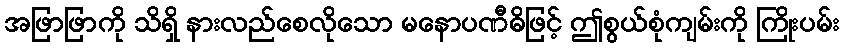
အဖြာဖြာကို သိရှိ နားလည်စေလိုသော မနောပဏီဓိဖြင့် ဤစွယ်စုံကျမ်းကို ကြိုးပမ်း